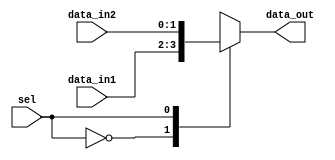
`timescale 1ns / 1ps
//////////////////////////////////////////////////////////////////////////////////
// Company: 
// Engineer: 
// 
// Design Name: 
// Module Name: mux
// Project Name: 
// Target Devices: 
// Tool Versions: 
// Description: 
// 
// Dependencies: 
// 
// Revision:
// Revision 0.01 - File Created
// Additional Comments:
// 
//////////////////////////////////////////////////////////////////////////////////


module mux2_1
   #(parameter
     DATA_WIDTH = 2
    )
    (
     input                     sel,
     input      [(DATA_WIDTH-1):0] data_in1,data_in2,
     output reg [(DATA_WIDTH-1):0] data_out
    );
    
    always @ (*) begin
        casex(sel)
            0 : begin
                data_out = data_in1;
            end
            1 : begin
                data_out = data_in2;
            end
        endcase
    end
    
endmodule